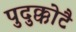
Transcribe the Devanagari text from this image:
पुदुक्कोटै